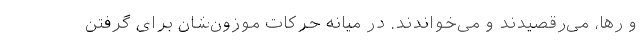
و رها، می‌رقصیدند و می‌خواندند. در میانه حرکات موزون‌شان برای گرفتن